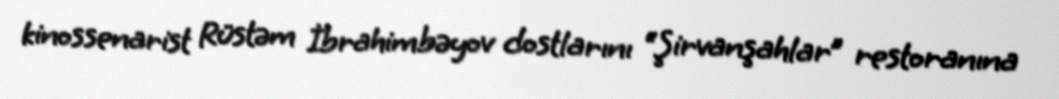
kinossenarist Rüstəm İbrahimbəyov dostlarını “Şirvanşahlar” restoranına